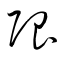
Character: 限